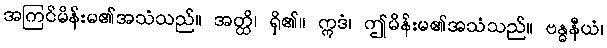
အကြင်မိန်းမ၏အသံသည်။ အတ္ထိ၊ ရှိ၏။ ဣဒံ၊ ဤမိန်းမ၏အသံသည်။ ဗန္ဓနီယံ၊